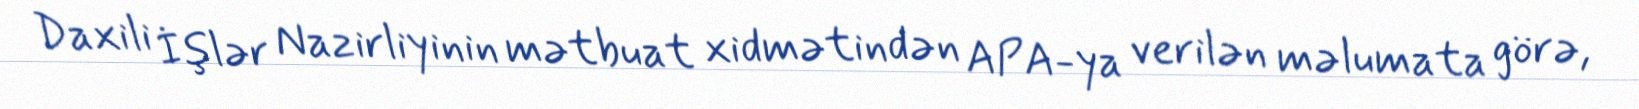
Daxili İşlər Nazirliyinin mətbuat xidmətindən APA-ya verilən məlumata görə,